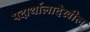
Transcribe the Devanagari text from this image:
पदार्थालादेखील